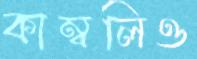
কাম্বলিও